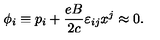
\phi _ { i } \equiv p _ { i } + \frac { e B } { 2 c } \varepsilon _ { i j } x ^ { j } \approx 0 .